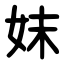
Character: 妺